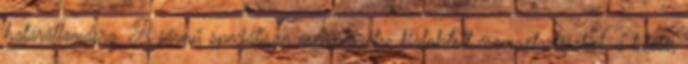
határállomásra. A jármű speciálisan csempészetre kialakított csomagtartójából, a tetőtér